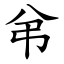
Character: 弚